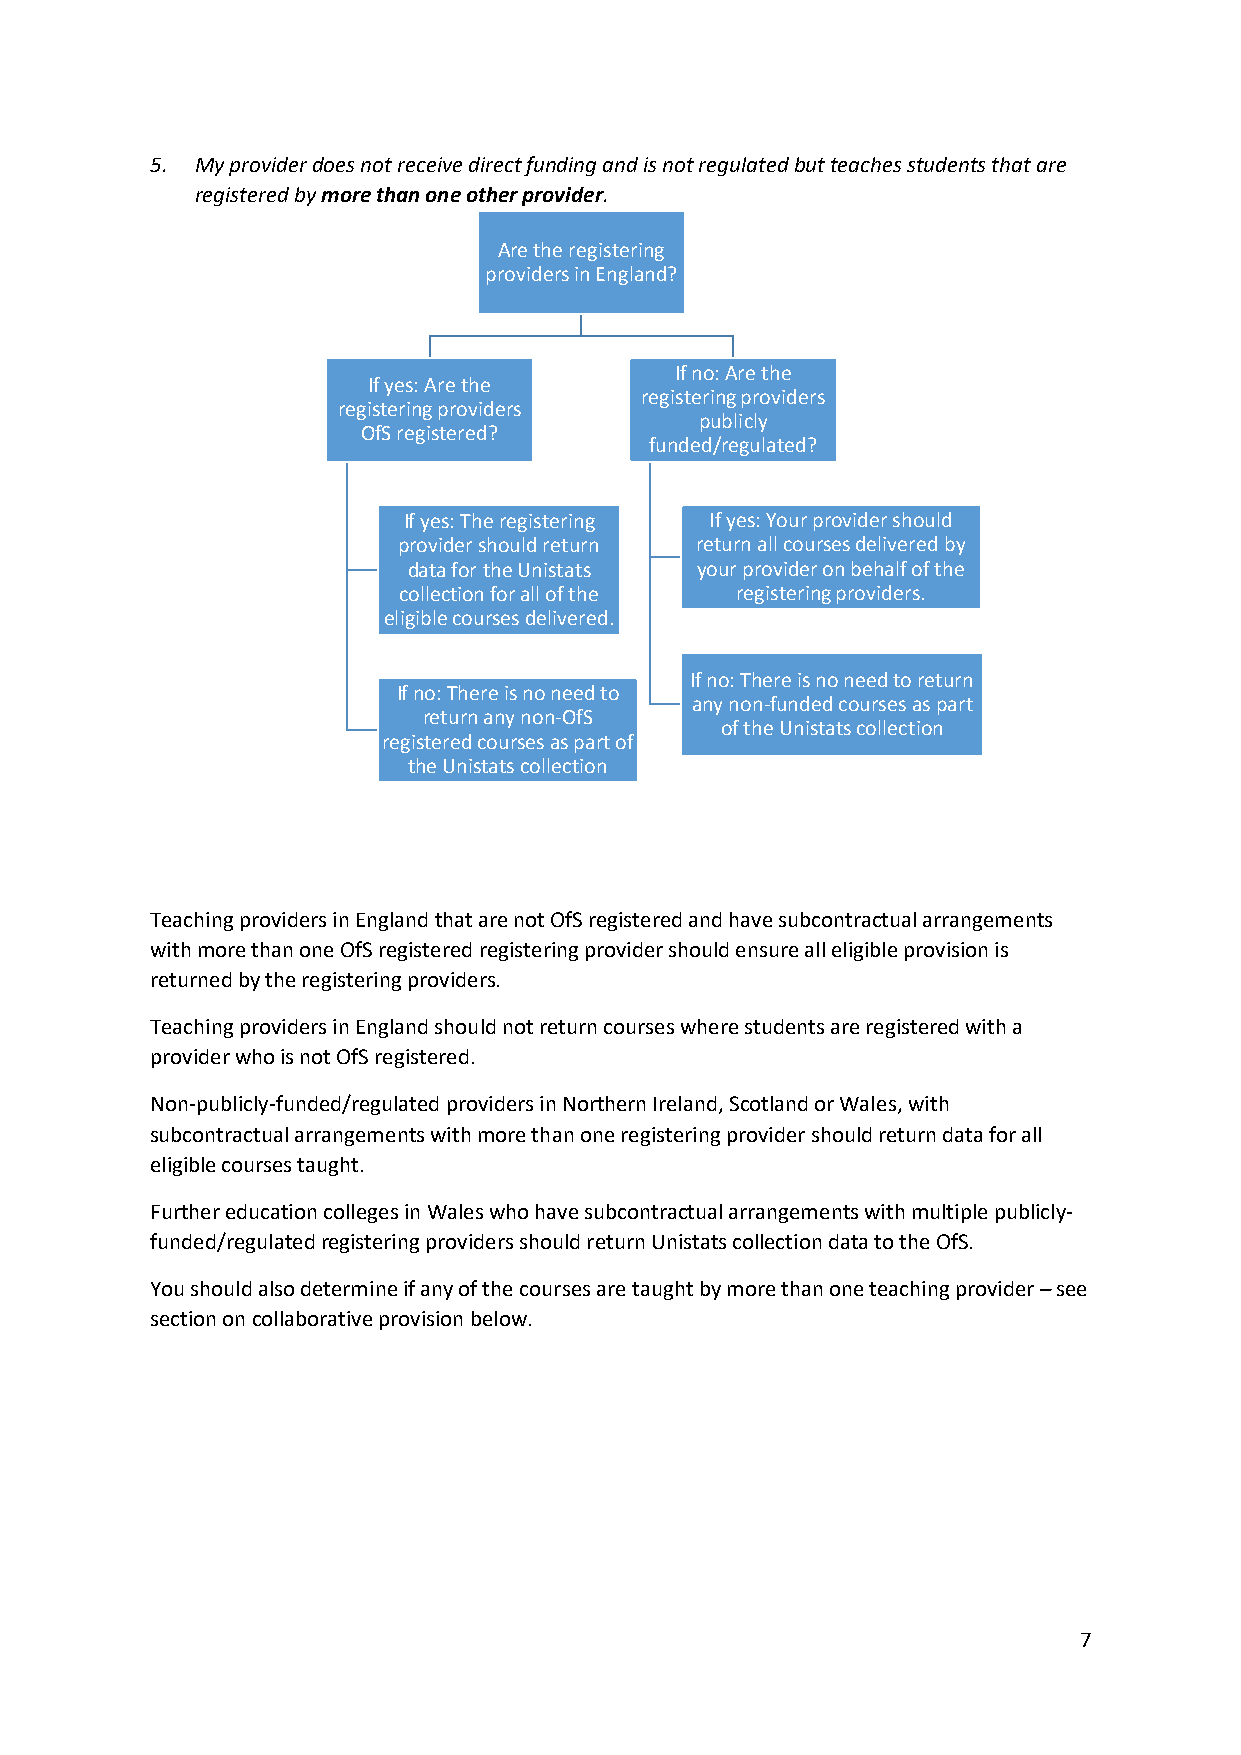
5. My provider does not receive direct funding and is not regulated but teaches students that are
 registered by more than one other provider.
 Are the registering
 providers in England?
 If no: Are the
 If yes: Are the
 registering providers
 registering providers
 publicly
 OfS registered?
 funded/regulated?
 If yes: The registering If yes: Your provider should
 provider should return return all courses delivered by
 data for the Unistats your provider on behalf of the
 collection for all of the registering providers.
 eligible courses delivered.
 If no: There is no need to return
 If no: There is no need to
 any non-funded courses as part
 return any non-OfS
 of the Unistats collection
 registered courses as part of
 the Unistats collection
 Teaching providers in England that are not OfS registered and have subcontractual arrangements
 with more than one OfS registered registering provider should ensure all eligible provision is
 returned by the registering providers.
 Teaching providers in England should not return courses where students are registered with a
 provider who is not OfS registered.
 Non-publicly-funded/regulated providers in Northern Ireland, Scotland or Wales, with
 subcontractual arrangements with more than one registering provider should return data for all
 eligible courses taught.
 Further education colleges in Wales who have subcontractual arrangements with multiple publicly-
 funded/regulated registering providers should return Unistats collection data to the OfS.
 You should also determine if any of the courses are taught by more than one teaching provider – see
 section on collaborative provision below.
 7